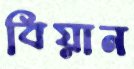
বিয়ান